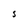
Character: S